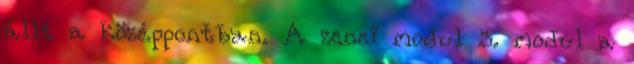
állt a középpontban. A zenei modul 3. modul a